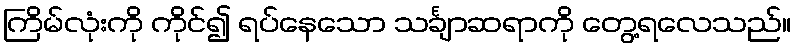
ကြိမ်လုံးကို ကိုင်၍ ရပ်နေသော သင်္ချာဆရာကို တွေ့ရလေသည်။